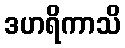
ဒဟရိကာသိ